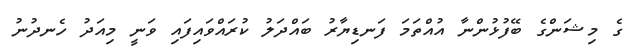
ގެ މިޝަންގެ ބޭފުޅުންނާ އުއްތަމަ ފަނޑިޔާރު ބައްދަލު ކުރައްވައިފައި ވަނީ މިއަދު ހެނދުނު